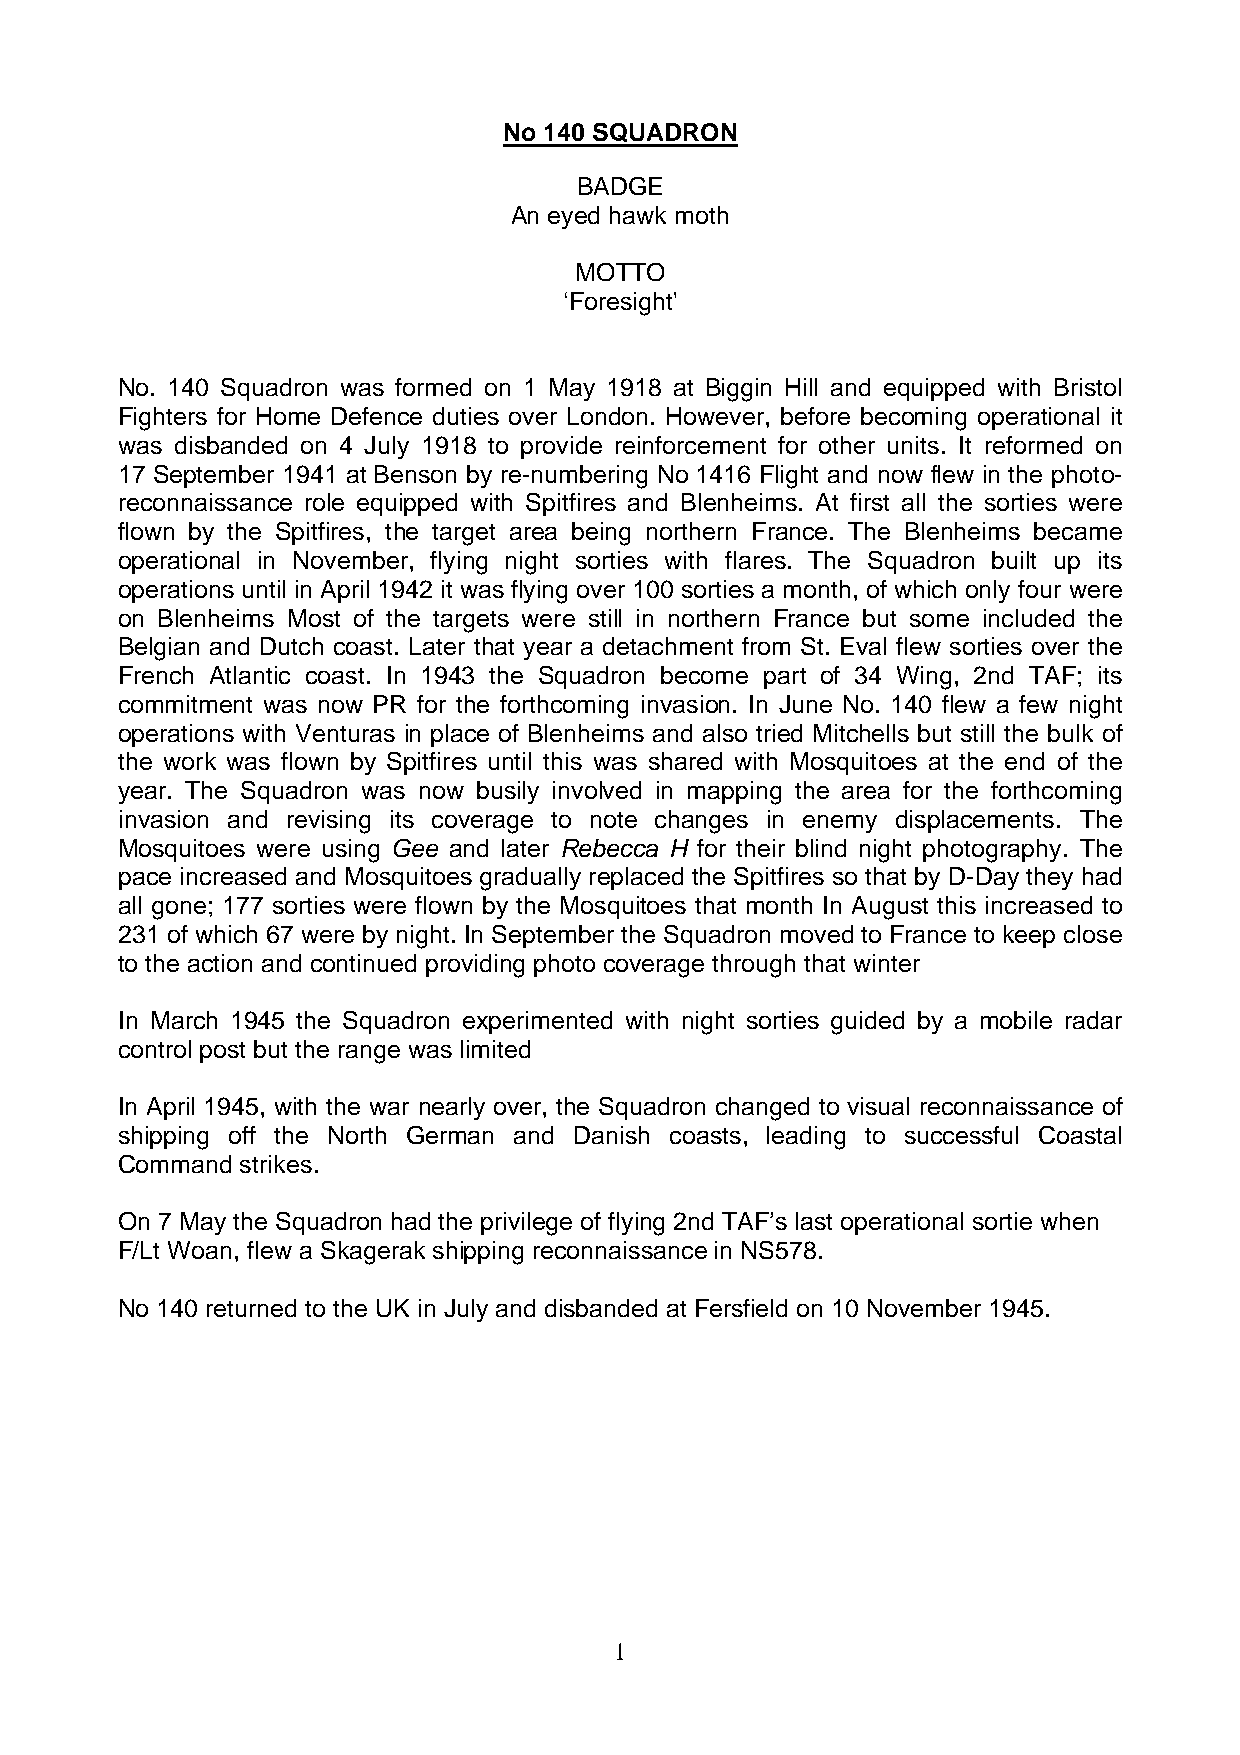
No 140 SQUADRON
 BADGE
 An eyed hawk moth
 MOTTO
 ‘Foresight'
 No. 140 Squadron was formed on 1 May 1918 at Biggin Hill and equipped with Bristol
 Fighters for Home Defence duties over London. However, before becoming operational it
 was disbanded on 4 July 1918 to provide reinforcement for other units. It reformed on
 17 September 1941 at Benson by re-numbering No 1416 Flight and now flew in the photo-
 reconnaissance role equipped with Spitfires and Blenheims. At first all the sorties were
 flown by the Spitfires, the target area being northern France. The Blenheims became
 operational in November, flying night sorties with flares. The Squadron built up its
 operations until in April 1942 it was flying over 100 sorties a month, of which only four were
 on Blenheims Most of the targets were still in northern France but some included the
 Belgian and Dutch coast. Later that year a detachment from St. Eval flew sorties over the
 French Atlantic coast. In 1943 the Squadron become part of 34 Wing, 2nd TAF; its
 commitment was now PR for the forthcoming invasion. In June No. 140 flew a few night
 operations with Venturas in place of Blenheims and also tried Mitchells but still the bulk of
 the work was flown by Spitfires until this was shared with Mosquitoes at the end of the
 year. The Squadron was now busily involved in mapping the area for the forthcoming
 invasion and revising its coverage to note changes in enemy displacements. The
 Mosquitoes were using Gee and later Rebecca H for their blind night photography. The
 pace increased and Mosquitoes gradually replaced the Spitfires so that by D-Day they had
 all gone; 177 sorties were flown by the Mosquitoes that month In August this increased to
 231 of which 67 were by night. In September the Squadron moved to France to keep close
 to the action and continued providing photo coverage through that winter
 In March 1945 the Squadron experimented with night sorties guided by a mobile radar
 control post but the range was limited
 In April 1945, with the war nearly over, the Squadron changed to visual reconnaissance of
 shipping off the North German and Danish coasts, leading to successful Coastal
 Command strikes.
 On 7 May the Squadron had the privilege of flying 2nd TAF’s last operational sortie when
 F/Lt Woan, flew a Skagerak shipping reconnaissance in NS578.
 No 140 returned to the UK in July and disbanded at Fersfield on 10 November 1945.
 1